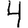
Digit: 4